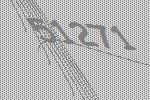
51271